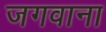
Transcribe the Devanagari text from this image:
जगवाना